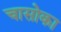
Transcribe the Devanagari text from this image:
चासोका